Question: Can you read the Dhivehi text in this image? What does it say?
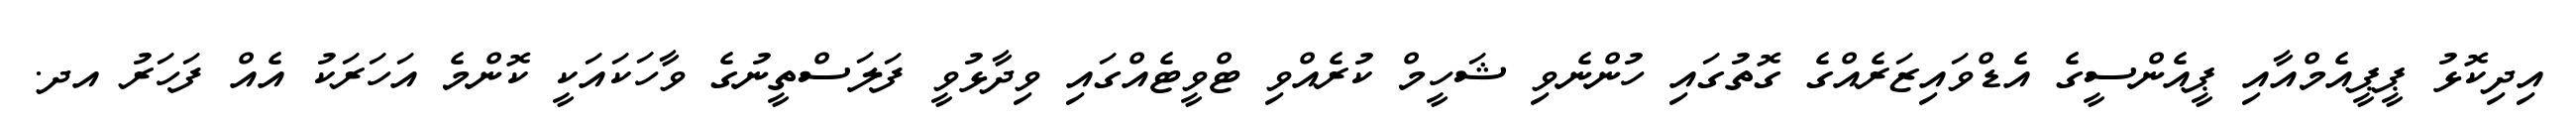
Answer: އިދިކޮޅު ޕީޕީއެމްއާއި ޕީއެންސީގެ އެޑްވައިޒަރެއްގެ ގޮތުގައި ހުންނެވި ޝަހީމް ކުރެއްވި ޓްވީޓެއްގައި ވިދާޅުވީ ފަލަސްތީނުގެ ވާހަކައަކީ ކޮންމެ އަހަރަކު އެއް ފަހަރު އދ.